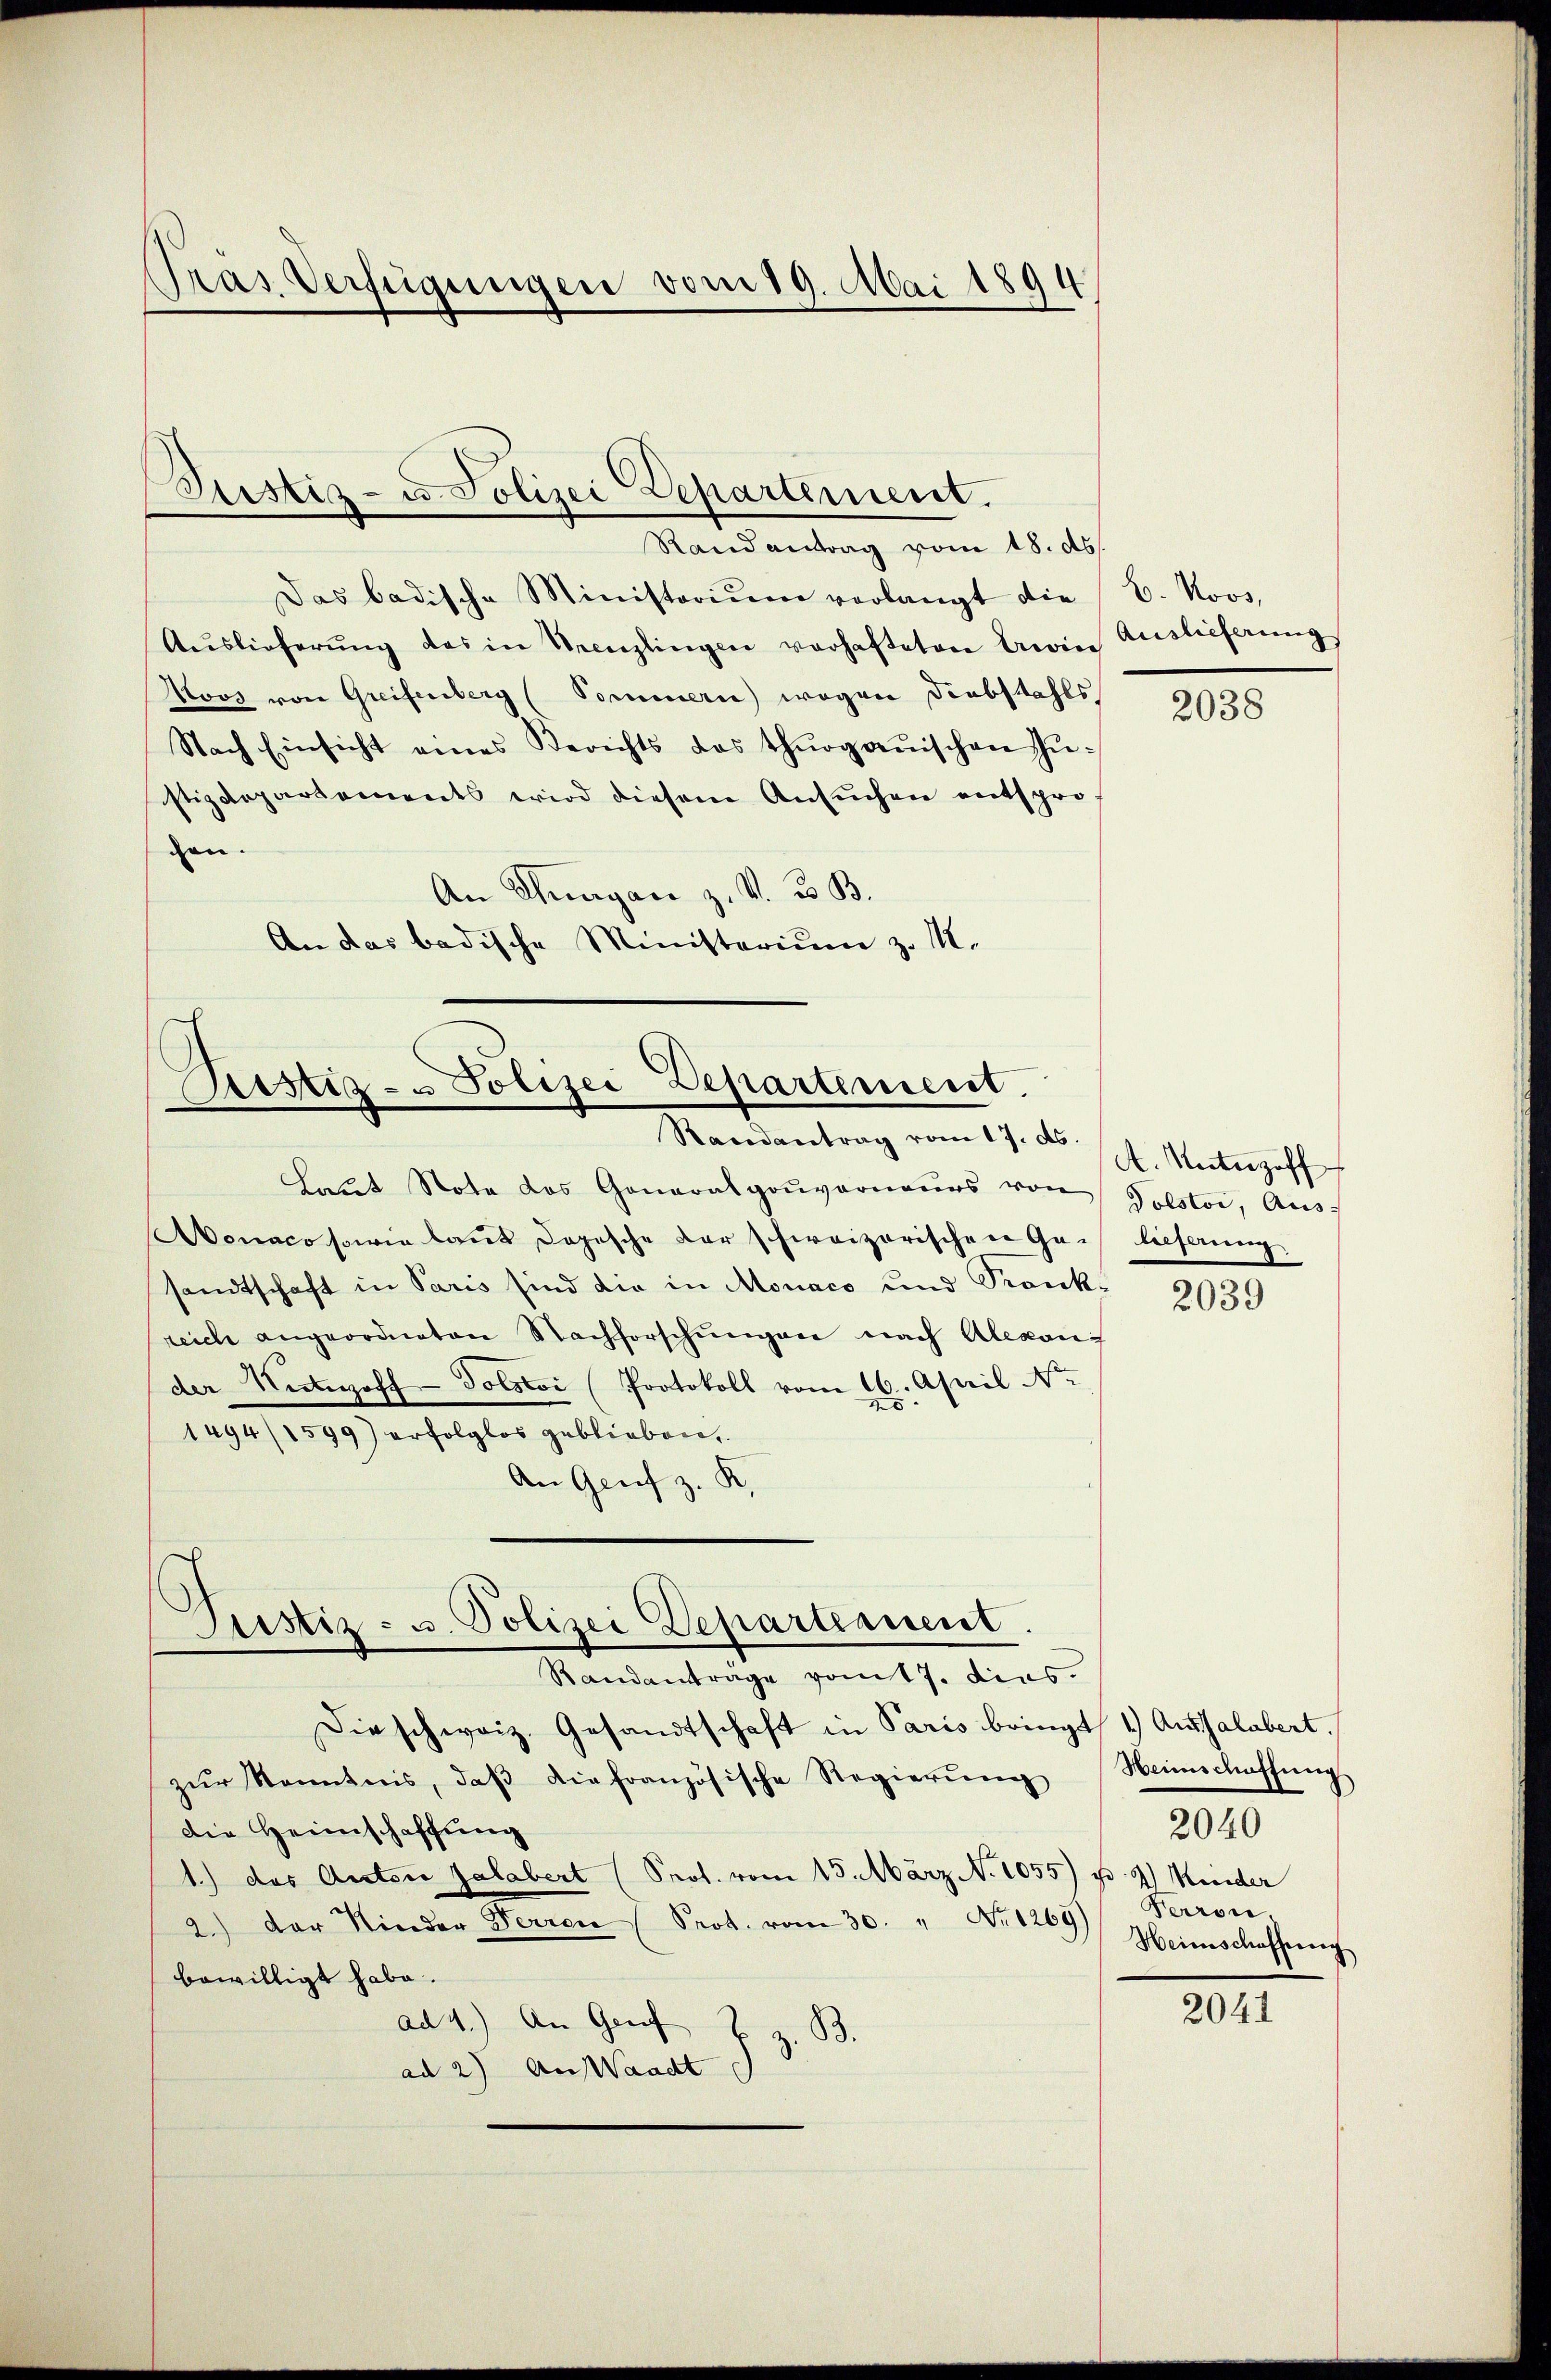
Pras Verfügungen vom 19. Mai 1894.

Justiz- u Polizei Departement.
Randantrag vom 18. ds.

Das badische Ministoriŭm verlangt die C. Novs,
Aŭslieferŭng des in Necezlingen verhafteten Beine Auslieferung
Novs von Greifenberg (Sommern) wegen Diebstahls
Nach Einsicht eines Berichts das thurgauischen Zŭ-
stizdepartements wird diesem Ansŭchen entspro-
gen.
An Schwergare z. V. B. B.
An das badische Ministerium zu M.

.
Ristiz- & Polizei Departement.
Randantrag vom 17. ds.

Justiz- u. Polizei Departeament.
Randantrage vom 17. dies

Dieschweiz. Gesandtschaft in Paris bringt, 1.) Aushalbert.
zur Kenntnis, daß die französische Regierung
die Heimschaffung
1.) das Autore Jalabert (Prot. vom 15. März N. 1055) u. 2 Kinder
2.) Der Nieder Perren Prot. vom 30. " Nr. 1269)
bewilligt habe.
ad 4.) An Genf z z. B.
ad 2) An Waadt

Laut Stote des Gonaralgouverneurs von
Aoraco sowie laut dopische der schweizerischen Ge-
sandtschaft in Paris sind die in Monaco und Krankreich angeordneten Nachforschungen nach Alexani
der Nernhof - Polstoi (Protokoll vom 16. April No
1494/1599) erfolglos geblieben,
An Genf z. K.

2038

A. Unteroff
Polstor, Aus-
lieferung

2039

Heimschaffung
Perron
Heimschaffung

2040

2041